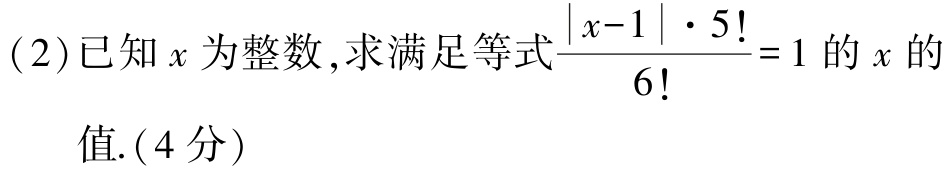
(2)已知\(x\)为整数,求满足等式\(\frac{|x - 1|\cdot5!}{6!}=1\)的\(x\)的值.(4分)